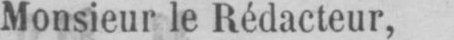
Monsieur le Rédacteur,